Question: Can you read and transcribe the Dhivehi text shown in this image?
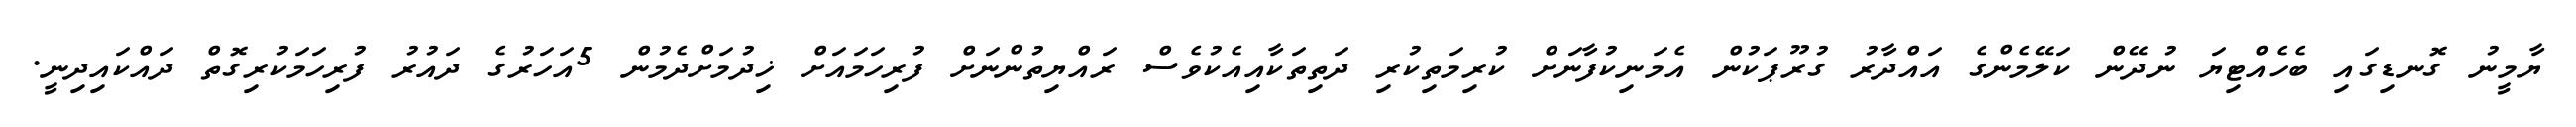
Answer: ޔާމީނު ގޮނޑިގައި ބެހެއްޓިޔަ ނުދޭން ކަލޭމެންގެ އައްދާރު ގުރޫޕަކުން އެމަނިކުފާނަށް ކުރިމަތިކުރި ދަތިތަކާއިއެކުވެސް ރައްޔިތުންނަށް ފުރިހަމައަށް ޚިދުމަށްދެމުން 5އަހަރުގެ ދައުރު ފުރިހަމަކުރިގޮތް ދައްކައިދިނީ.